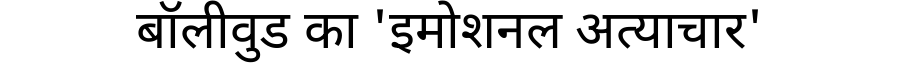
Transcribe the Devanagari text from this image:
बॉलीवुड का 'इमोशनल अत्याचार'